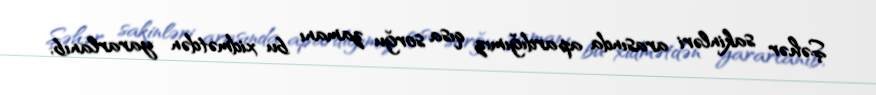
Şəhər sakinləri arasında apardığımız qısa sorğu zamanı bu xidmətdən yararlanıb,